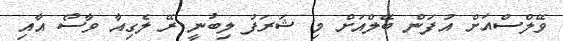
ވޭލްސްއަށް އުފަން ބޭލްއަށް މި ޝަރަފު ލިބުނީ ރޭ ލެގިއާ ވާސޯ އާއި